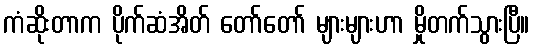
ကံဆိုးတာက ပိုက်ဆံအိတ် တော်တော် များများဟာ မှိုတက်သွားပြီ။